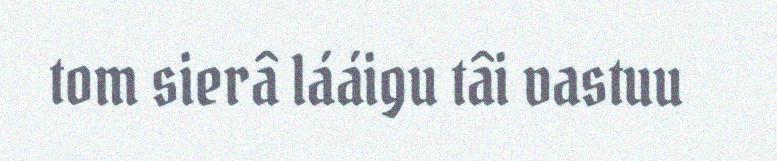
tom sierâ lááigu tâi vastuu